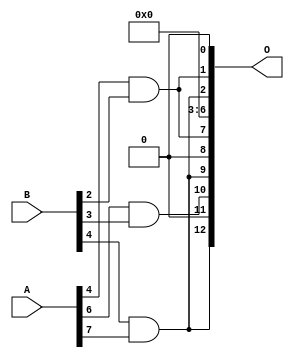
/***
* This code is a part of EvoApproxLib library (ehw.fit.vutbr.cz/approxlib) distributed under The MIT License.
* When used, please cite the following article(s): V. Mrazek, L. Sekanina, Z. Vasicek "Libraries of Approximate Circuits: Automated Design and Application in CNN Accelerators" IEEE Journal on Emerging and Selected Topics in Circuits and Systems, Vol 10, No 4, 2020 
* This file contains a circuit from a sub-set of pareto optimal circuits with respect to the pwr and wce parameters
***/
// MAE% = 10.42 %
// MAE = 853 
// WCE% = 34.07 %
// WCE = 2791 
// WCRE% = 125.20 %
// EP% = 96.48 %
// MRE% = 66.45 %
// MSE = 12108.165e2 
// PDK45_PWR = 0.00089 mW
// PDK45_AREA = 7.0 um2
// PDK45_DELAY = 0.04 ns

module mul8x5u_280 (
    A,
    B,
    O
);

input [7:0] A;
input [4:0] B;
output [12:0] O;

wire sig_34,sig_42,sig_172;

assign sig_34 = A[4] & B[2];
assign sig_42 = A[6] & B[3];
assign sig_172 = B[4] & A[7];

assign O[12] = sig_172;
assign O[11] = 1'b0;
assign O[10] = sig_42;
assign O[9] = sig_172;
assign O[8] = 1'b0;
assign O[7] = sig_34;
assign O[6] = 1'b0;
assign O[5] = 1'b0;
assign O[4] = 1'b0;
assign O[3] = 1'b0;
assign O[2] = sig_172;
assign O[1] = sig_34;
assign O[0] = 1'b0;

endmodule